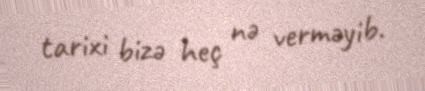
tarixi bizə heç nə verməyib.